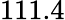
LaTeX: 111.4